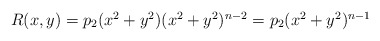
\begin{align*}\begin{array}{l}R(x,y)=p_2(x^2+y^2)(x^2+y^2)^{n-2}=p_2(x^2+y^2)^{n-1}\end{array}\end{align*}